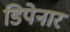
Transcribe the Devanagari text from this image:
डिपेनार